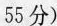
55分)